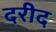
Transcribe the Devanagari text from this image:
दरीद